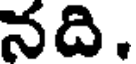
నది.